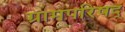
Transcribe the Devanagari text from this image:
ग्रामपरिषद्